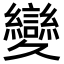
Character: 𦇥